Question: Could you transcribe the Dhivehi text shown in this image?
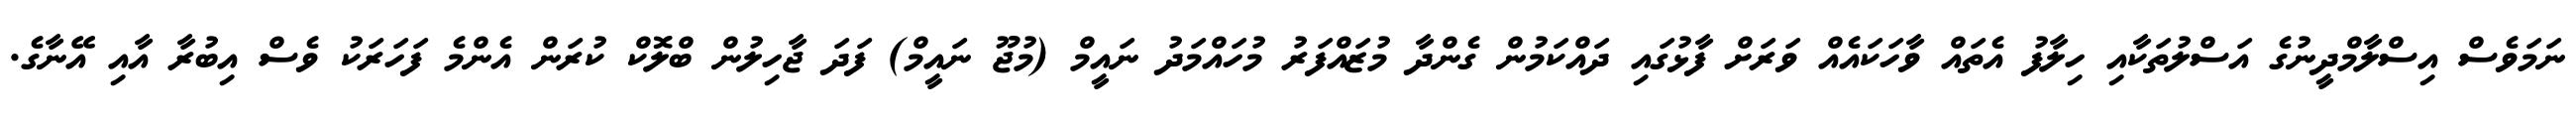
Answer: ނަމަވެސް އިސްލާމްދީނުގެ އަސްލުތަކާއި ހިލާފު އެތައް ވާހަކައެއް ވަރަށް ފާޅުގައި ދައްކަމުން ގެންދާ މުޒައްފަރު މުހައްމަދު ނައީމް (މުޖޫ ނައީމް) ފަދަ ޖާހިލުން ބްލޮކް ކުރަން އެންމެ ފަހަރަކު ވެސް އިބުރާ އާއި އޭނާގެ.